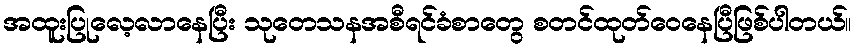
အထူးပြုလေ့လာနေပြီး သုတေသနအစီရင်ခံစာတွေ စတင်ထုတ်ဝေနေပြီဖြစ်ပါတယ်။